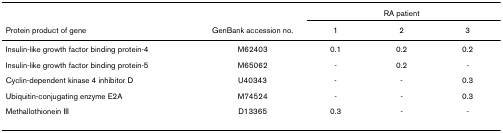
<table><thead><tr><td></td><td></td><td colspan="3"><b>RA patient</b></td></tr><tr><td><b>Protein product of gene</b></td><td><b>GenBank accession no.</b></td><td><b>1</b></td><td><b>2</b></td><td><b>3</b></td></tr></thead><tbody><tr><td>Insulin-like growth factor binding protein-4</td><td>M62403</td><td>0.1</td><td>0.2</td><td>0.2</td></tr><tr><td>Insulin-like growth factor binding protein-5</td><td>M65062</td><td>-</td><td>0.2</td><td>-</td></tr><tr><td>Cyclin-dependent kinase 4 inhibitor D</td><td>U40343</td><td>-</td><td>-</td><td>0.3</td></tr><tr><td>Ubiquitin-conjugating enzyme E2A</td><td>M74524</td><td>-</td><td>-</td><td>0.3</td></tr><tr><td>Methallothionein III</td><td>D13365</td><td>0.3</td><td>-</td><td>-</td></tr></tbody></table>